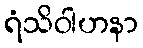
ရံသိဝါဟနာ